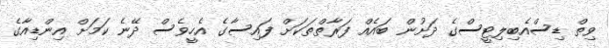
ވިތް ޑިސްއެބިލިޓީސްގެ ދަށުން ބައެއް ފަރާތްތަކަށް ފައިސާގެ އެހީވެސް ދޭނެ ކަމަށް އިންޑިއާގެ